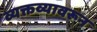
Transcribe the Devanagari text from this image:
व्यक्तव्यावरून